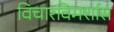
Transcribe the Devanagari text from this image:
विचारविमर्शास